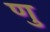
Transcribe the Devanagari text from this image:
णु